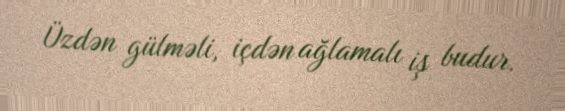
Üzdən gülməli, içdən ağlamalı iş budur.